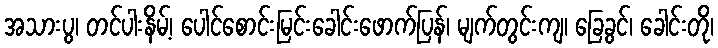
အသားပွ၊ တင်ပါးနိမ့်၊ ပေါင်စောင်းမြင်းခေါင်းဖောက်ပြန်၊ မျက်တွင်းကျ၊ ခြေခွင်၊ ခေါင်းတို၊